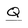
Character: Q